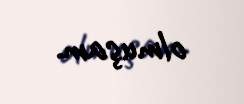
olmuşam.